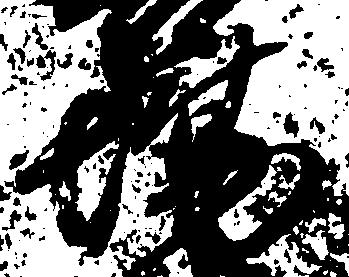
場